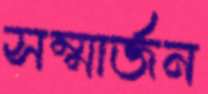
সম্মার্জন